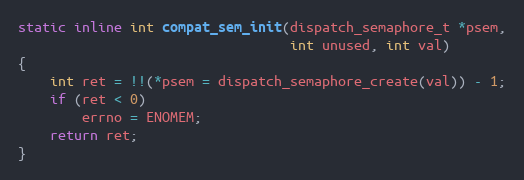
Language: C
static inline int compat_sem_init(dispatch_semaphore_t *psem,
                                  int unused, int val)
{
    int ret = !!(*psem = dispatch_semaphore_create(val)) - 1;
    if (ret < 0)
        errno = ENOMEM;
    return ret;
}